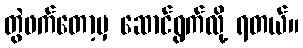
တွဲဖက်တော့မှ ဆောင်ရွက်လို့ ရတယ်။